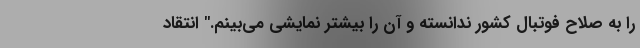
را به صلاح فوتبال کشور ندانسته و آن را بیشتر نمایشی می‌بینم." انتقاد